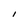
Character: I